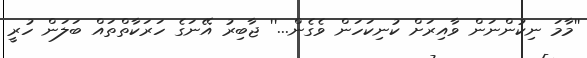
''މާމަ ނިކުންނަން ވާއިރަށް ކުނިކަހަން ވެގެން...'' ޖާބިރު އޭނަގެ ހަރަކާތްތައް ބަލަން ހުރީ